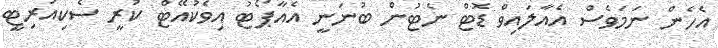
އެހެން ނަމަވެސް އެއާލައިވް ޑޮޓް ނެޓުން ބުނަނީ އެއާޕޯޓު އިވެކުއޭޓް ކުރީ ސެކިއުރިޓީ